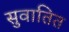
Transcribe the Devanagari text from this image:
सुवातित